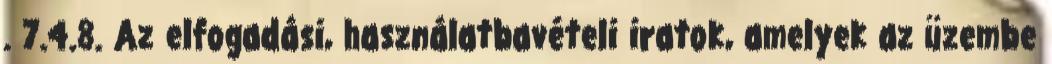
. 7.4.8. Az elfogadási, használatbavételi iratok, amelyek az üzembe